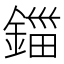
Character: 鍿